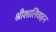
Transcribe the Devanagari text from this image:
श्रीशालिवाहन